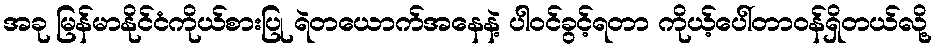
အခု မြန်မာနိုင်ငံကိုယ်စားပြု ရဲတယောက်အနေနဲ့ ပါဝင်ခွင့်ရတာ ကိုယ့်ပေါ်တာဝန်ရှိတယ်လို့